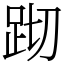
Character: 䟙